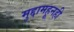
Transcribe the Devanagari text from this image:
मुद्दामहूनही